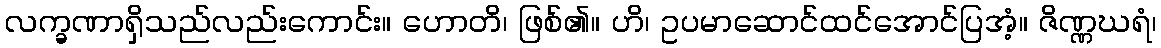
လက္ခဏာရှိသည်လည်းကောင်း။ ဟောတိ၊ ဖြစ်၏။ ဟိ၊ ဥပမာဆောင်ထင်အောင်ပြအံ့။ ဇိဏ္ဏဃရံ၊